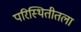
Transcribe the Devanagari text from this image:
परिस्थितीतला